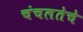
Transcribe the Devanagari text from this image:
चंचलतेचे